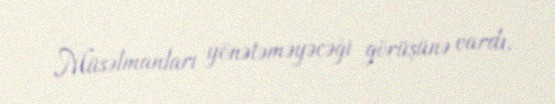
Müsəlmanları yönətəməyəcəği görüşünə vardı.